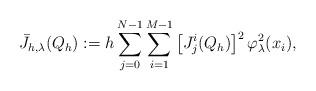
LaTeX: \begin{align*}\bar{J}_{h,\lambda }(Q_{h}):=h\sum\limits_{j=0}^{N-1}\sum\limits_{i=1}^{M-1}\left[ J_{j}^{i}(Q_{h})\right] ^{2}\varphi _{\lambda }^{2}(x_{i}),\end{align*}